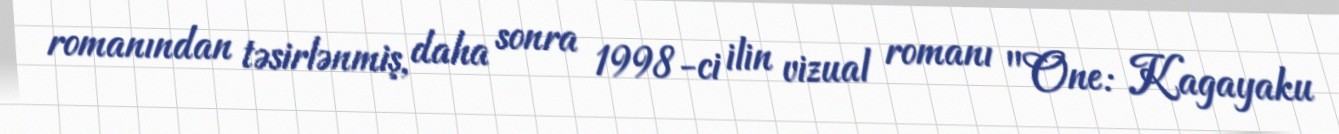
romanından təsirlənmiş, daha sonra 1998-ci ilin vizual romanı "One: Kagayaku